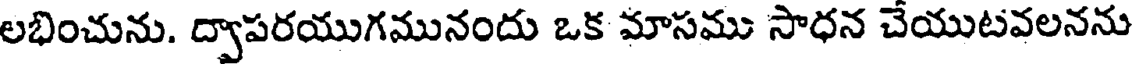
లభించును. ద్వాపరయుగమునందు ఒక మాసము సాధన చేయుటవలనను